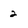
Character: 2